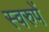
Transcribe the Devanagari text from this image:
स्वरुपें